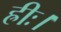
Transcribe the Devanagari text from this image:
ह्रीः।